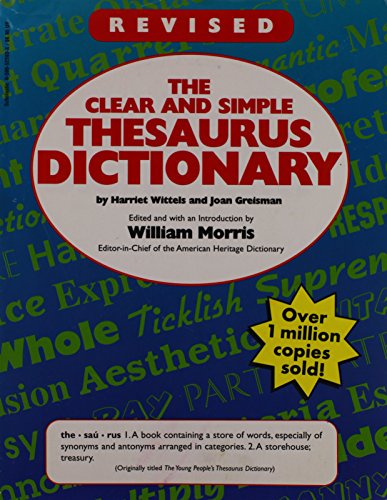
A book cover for The Clear and Simple Thesaurus Dictionary; Harriet Wittels/Joan Greisman; Reference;